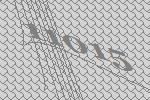
11015